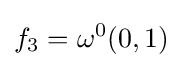
f_{3}=\omega ^{0}(0,1)